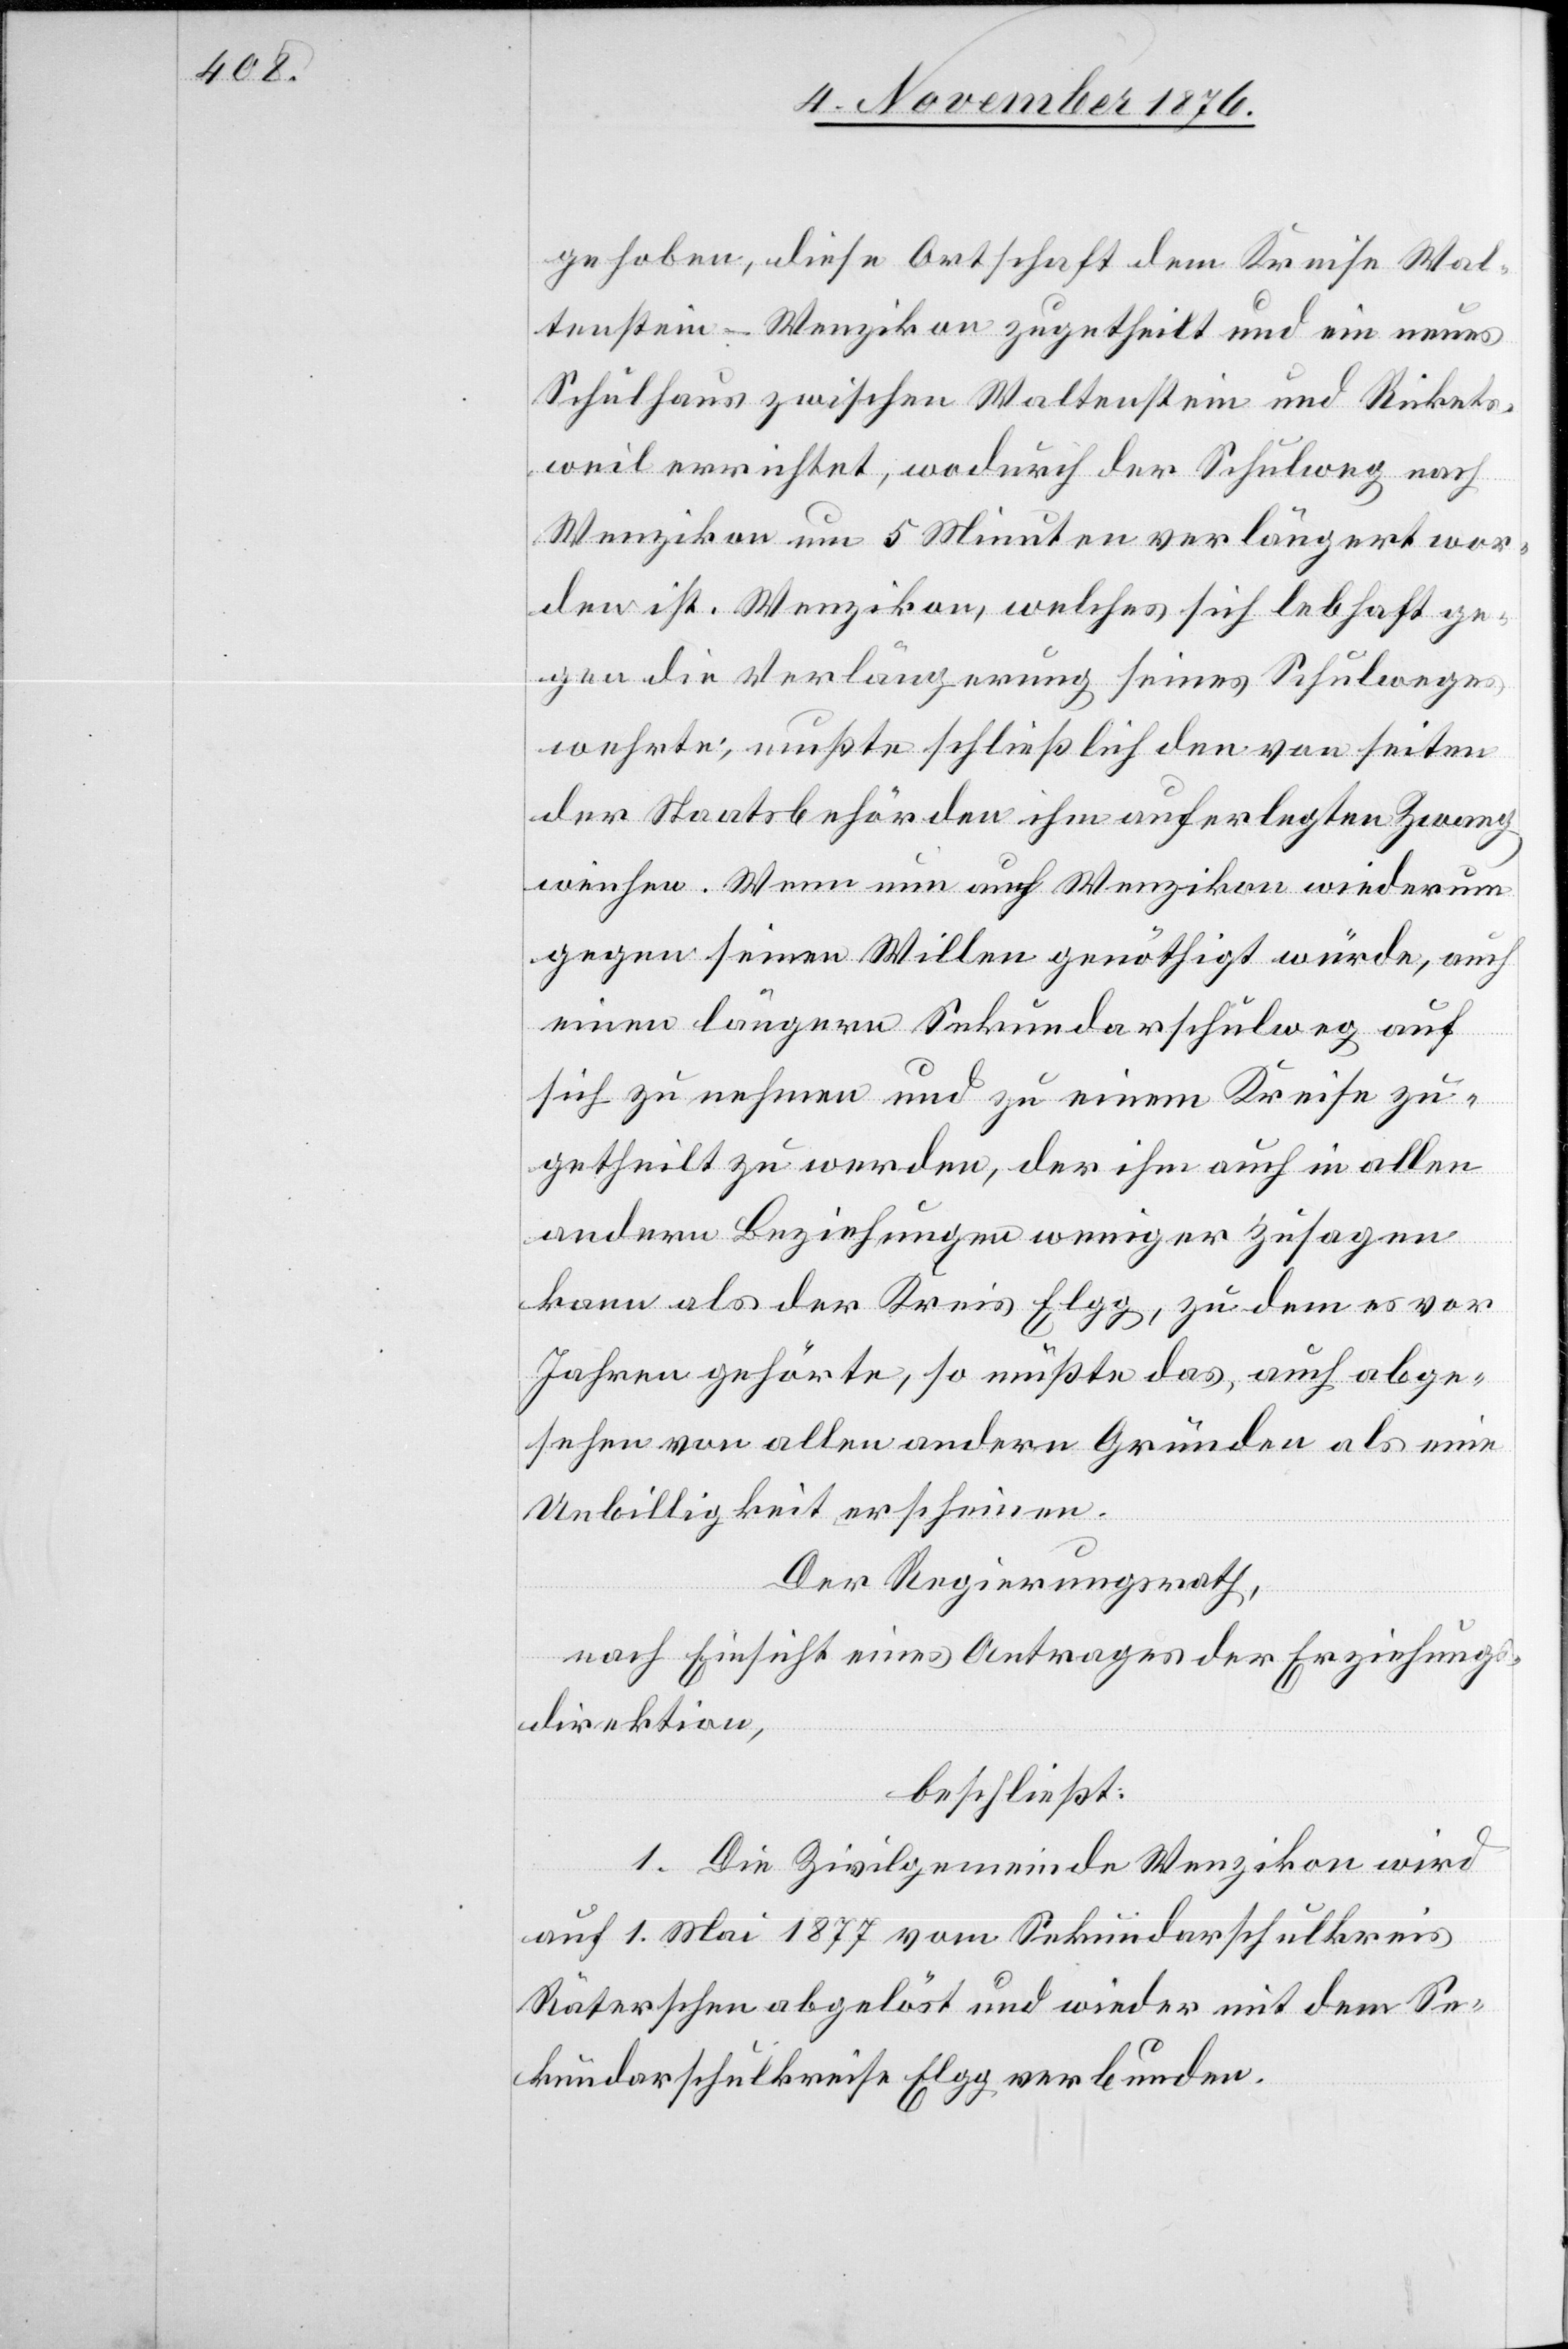
gehoben, diese Ortschaft dem Kreise Wal¬
tenstein - Wenzikon zugetheilt und ein neues
Schulhaus zwischen Waltenstein und Rickets¬
weil errichtet, wodurch der Schulweg nach
Wenzikon um 5 Minuten verlängert wor¬
den ist. Wenzikon, welches sich lebhaft ge¬
gen die Verlängerung seines Schulweges
wehrte, mußte schließlich den von seiten
der Staatsbehörden ihm auferlegten Zwang
weichen. Wenn nun auch Wenzikon wiederum
gegen seinen Willen genöthigt würde, auch
einen längern Sekundarschulweg auf
sich zu nehmen und zu einem Kreise zu¬
getheilt zu werden, der ihm auch in allen
andern Beziehungen weniger zusagen
kann als der Kreis Elgg, zu dem es vor
Jahren gehörte, so müßte das, auch abge¬
sehen von allen andern Gründen als eine
Unbilligkeit erscheinen.
Der Regierungsrath,
nach Einsicht eines Antrages der Erziehungs¬
direktion,
beschließt:
1. Die Zivilgemeinde Wenzikon wird
auf 1. Mai 1877 vom Sekundarschulkreis
Räterschen abgelöst und wieder mit dem Se¬
kundarschulkreise Elgg verbunden.